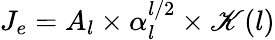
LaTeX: J_{e}=A_{l}\times\alpha_{l}^{l/2}\times\mathscr{K}(l)